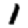
Digit: 1